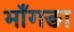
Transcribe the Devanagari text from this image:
भाँगङा